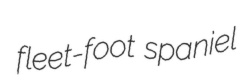
fleet-foot spaniel